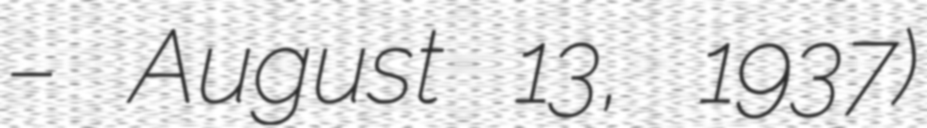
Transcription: – August 13, 1937)